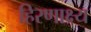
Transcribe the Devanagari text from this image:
हिरणाक्ष्य